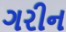
ગરીન